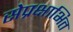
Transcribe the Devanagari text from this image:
सेप्रक्षाभित